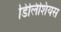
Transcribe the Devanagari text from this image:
डिलिशियस